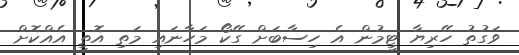
ވަގުތު ހޭރިޔާ ޓީމުން އެ ހިސާބަށް ގޭކޯ މަހާނައި މަތި އޮތީ އެއްކޮށް